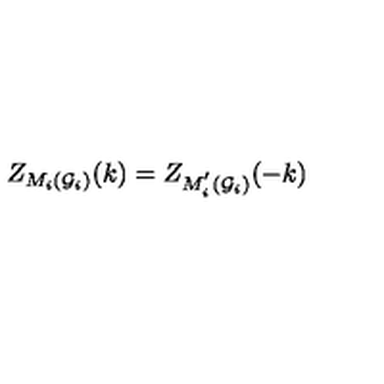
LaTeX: Z _ { M _ { i } ( { \cal G } _ { i } { \cal ) } } ( k ) = Z _ { M _ { i } ^ { ^ { \prime } } ( { \cal G } _ { i } { \cal ) } } ( - k )